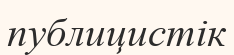
публицистік